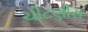
ચીટણીસ